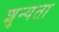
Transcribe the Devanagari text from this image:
शुन्यता